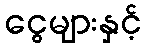
ငွေများနှင့်